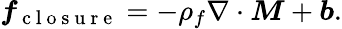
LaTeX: \boldsymbol{f}_{\mathrm{~c~l~o~s~u~r~e~}}=-\rho_{f}\nabla\cdot\boldsymbol{M}+\boldsymbol{b}.